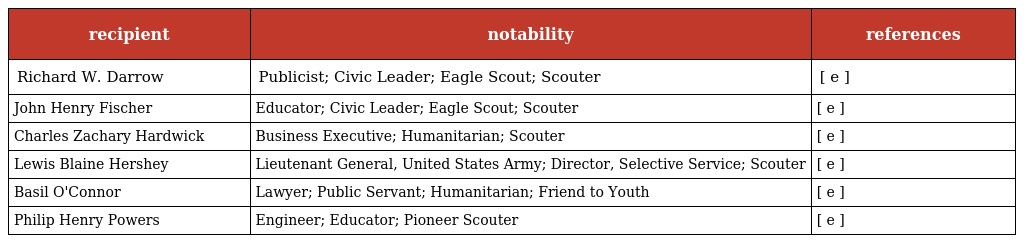
| recipient | notability | references |
 | --- | --- | --- |
 | Richard W. Darrow | Publicist; Civic Leader; Eagle Scout; Scouter | [ e ] |
 | John Henry Fischer | Educator; Civic Leader; Eagle Scout; Scouter | [ e ] |
 | Charles Zachary Hardwick | Business Executive; Humanitarian; Scouter | [ e ] |
 | Lewis Blaine Hershey | Lieutenant General, United States Army; Director, Selective Service; Scouter | [ e ] |
 | Basil O'Connor | Lawyer; Public Servant; Humanitarian; Friend to Youth | [ e ] |
 | Philip Henry Powers | Engineer; Educator; Pioneer Scouter | [ e ] |